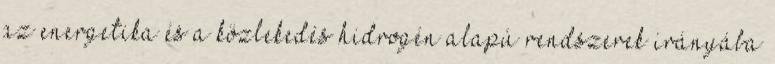
az energetika és a közlekedés hidrogén alapú rendszerek irányába